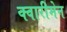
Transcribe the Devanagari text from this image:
क्वारीमेन